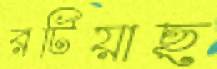
রটিয়াছ